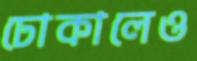
ঢোকালেও